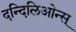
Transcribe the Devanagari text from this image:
दन्दिलिओन्स्